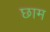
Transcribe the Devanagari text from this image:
छाम